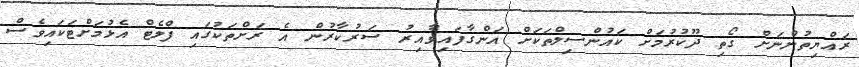
ރައްޔިތުންނަށް ގޯތި ދޫކުރުމަށް ކައުންސިލްތަކަށް އަންގާފައިވާއިރު ސަރުކާރުން އެ ރަށްތަކުގައި ފްލެޓް އެޅުމަށްޓަކައިވެސް